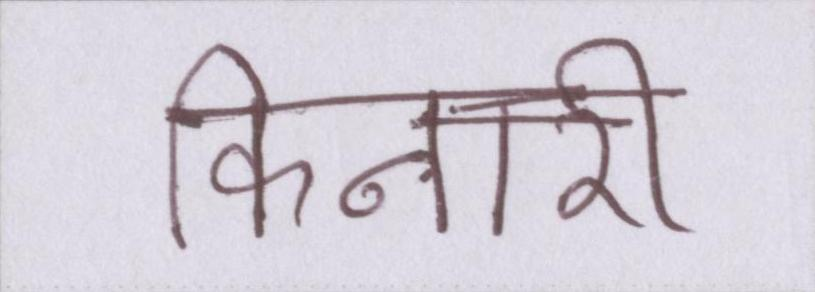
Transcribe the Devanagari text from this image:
किनारी